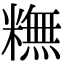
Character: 𥼣